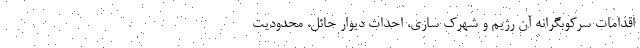
اقدامات سرکوبگرانه آن رژیم و شهرک سازی، احداث دیوار حائل، محدودیت